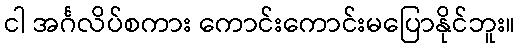
ငါ အင်္ဂလိပ်စကား ကောင်းကောင်းမပြောနိုင်ဘူး။